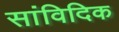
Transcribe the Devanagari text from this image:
सांविदिक